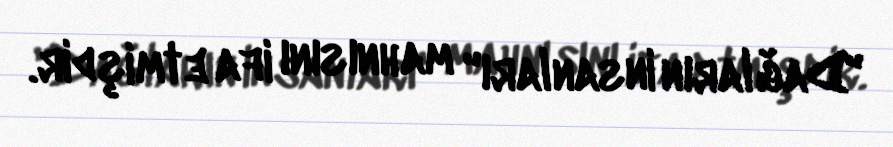
"Dağların insanları" mahnısını ifa etmişdir.